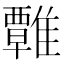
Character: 𩀽